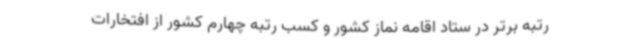
رتبه برتر در ستاد اقامه نماز کشور و کسب رتبه چهارم کشور از افتخارات